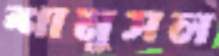
শামুসল